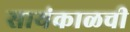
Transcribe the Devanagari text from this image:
सायंकाळची